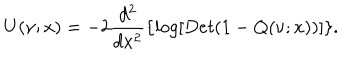
U ( \nu ; x ) = - 2 \frac { d ^ { 2 } } { d x ^ { 2 } } \{ l o g [ D e t ( 1 - Q ( \nu ; x ) ) ] \} .